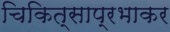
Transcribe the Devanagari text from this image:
चिकित्साप्रभाकर